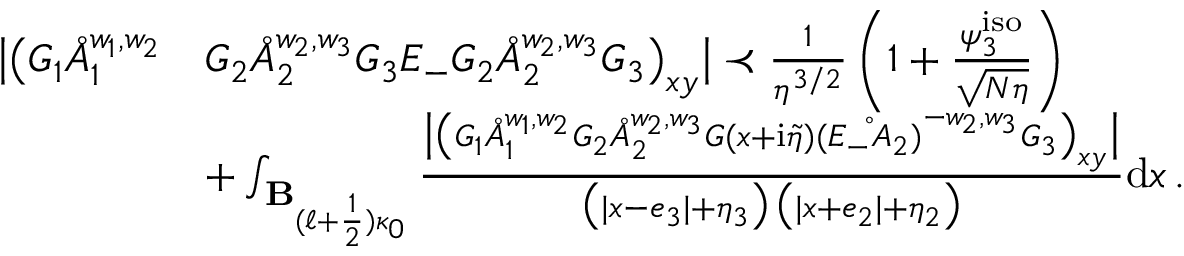
\begin{array} { r l } { \big | \big ( G _ { 1 } \mathring { A } _ { 1 } ^ { w _ { 1 } , w _ { 2 } } } & { G _ { 2 } \mathring { A } _ { 2 } ^ { w _ { 2 } , w _ { 3 } } G _ { 3 } E _ { - } G _ { 2 } \mathring { A } _ { 2 } ^ { w _ { 2 } , w _ { 3 } } G _ { 3 } \big ) _ { \boldsymbol { x } \boldsymbol { y } } \big | \prec \frac { 1 } { \eta ^ { 3 / 2 } } \left( 1 + \frac { \psi _ { 3 } ^ { \mathrm { i s o } } } { \sqrt { N \eta } } \right) } \\ & { + \int _ { \mathbf { B } _ { ( \ell + \frac { 1 } { 2 } ) \kappa _ { 0 } } } \frac { \big | \big ( G _ { 1 } \mathring { A } _ { 1 } ^ { w _ { 1 } , w _ { 2 } } G _ { 2 } \mathring { A } _ { 2 } ^ { w _ { 2 } , w _ { 3 } } G ( x + \mathrm { i } \tilde { \eta } ) \mathring { ( E _ { - } A _ { 2 } ) } ^ { - w _ { 2 } , w _ { 3 } } G _ { 3 } \big ) _ { \boldsymbol { x } \boldsymbol { y } } \big | } { \big ( | x - e _ { 3 } | + \eta _ { 3 } \big ) \, \big ( | x + e _ { 2 } | + \eta _ { 2 } \big ) } \mathrm { d } x \, . } \end{array}